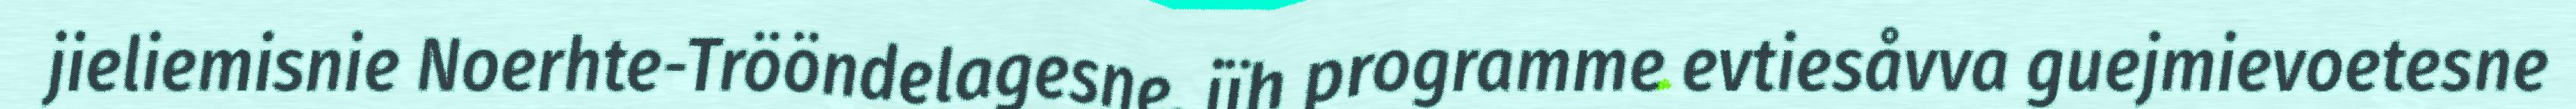
jieliemisnie Noerhte-Trööndelagesne, jïh programme evtiesåvva guejmievoetesne